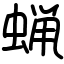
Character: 蝋